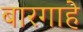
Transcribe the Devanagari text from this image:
बारगाहे